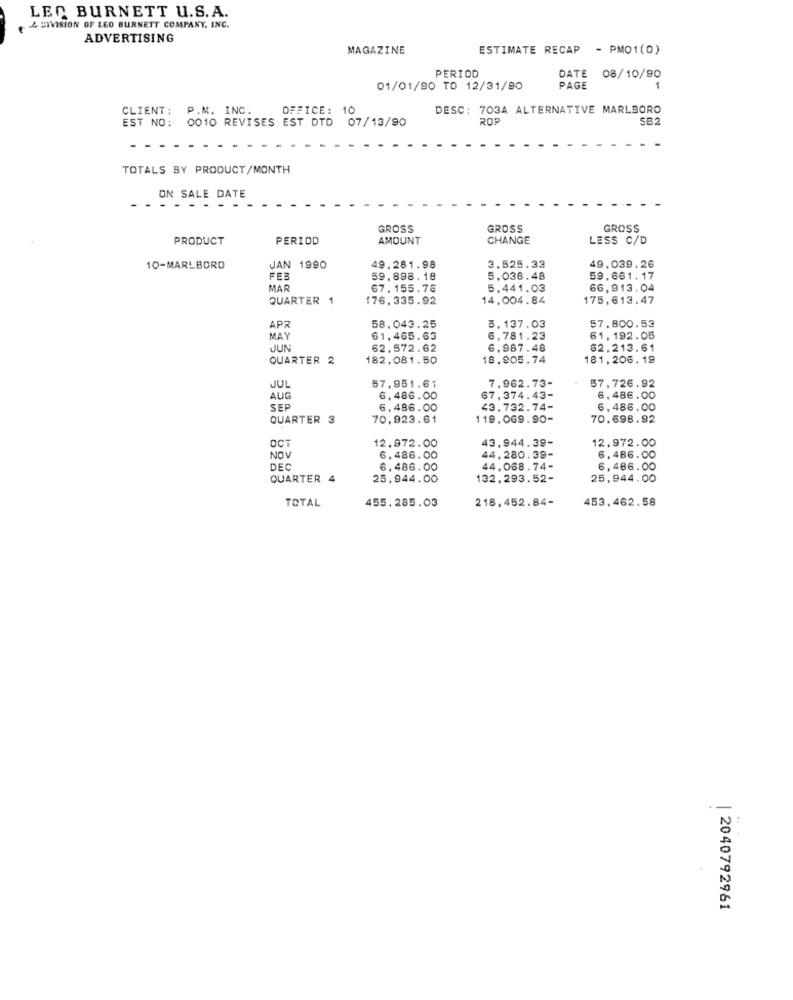
LEO BURNETT U.S.A.
& DIVISION OF LEO BURNETT COMPANY, INC.
ADVERTISING
MAGAZINE
ESTIMATE RECAP - PMO1(0)
PERIOD
DATE 08/10/90
01/01/90 TO 12/31/90
PAGE
CLIENT :
P.M. INC.
OFFICE: 10
DESC: 703A ALTERNATIVE MARLBORO
EST NO: 0010 REVISES EST DTD
07/13/90
ROP
SB2
TOTALS BY PRODUCT/MONTH
ON SALE DATE
-
. . .
GROSS
GROSS
GROSS
PRODUCT
PERIOD
AMOUNT
CHANGE
LESS C/D
10-MARLBORO
JAN 1990
49,281.98
3.525.33
49,039.26
FEB
59,898.18
5.038.48
59.661.17
MAR
67.155.76
5.441.03
66,913.04
QUARTER 1
176,335.92
14.004.84
175,613.47
57.800.53
APR
58.043.25
3,137.03
MAY
61.465.63
6,781.23
61, 192.05
JUN
62.572.62
6.987.48
62.213.61
QUARTER 2
182,081.50
18.905.74
181,206. 19
7,962.73-
57,726.92
JUL
57,951.61
AUG
6,486.00
67.374.43-
6.486.00
SEP
6.486.00
43.732.74-
6.486.00
QUARTER 3
70,923.61
119.069.90-
70.698.92
OCT
43,944.39-
12.972.00
12.972.00
NOV
6.486.00
44.280.39-
6.486.00
DEC
6.486.00
44.068.74-
6,486.00
QUARTER 4
25,944.00
132.293.52-
25.944.00
TOTAL
455.285.03
218.452.84-
453.462.58
--
N
| 2040792961